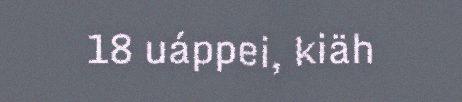
18 uáppei, kiäh